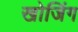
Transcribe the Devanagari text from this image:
खोजिंग